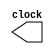
module Clock(clock);
	output clock;
	reg clock;

	initial
	clock = 0;
	always
	#5 clock = ~clock;
endmodule